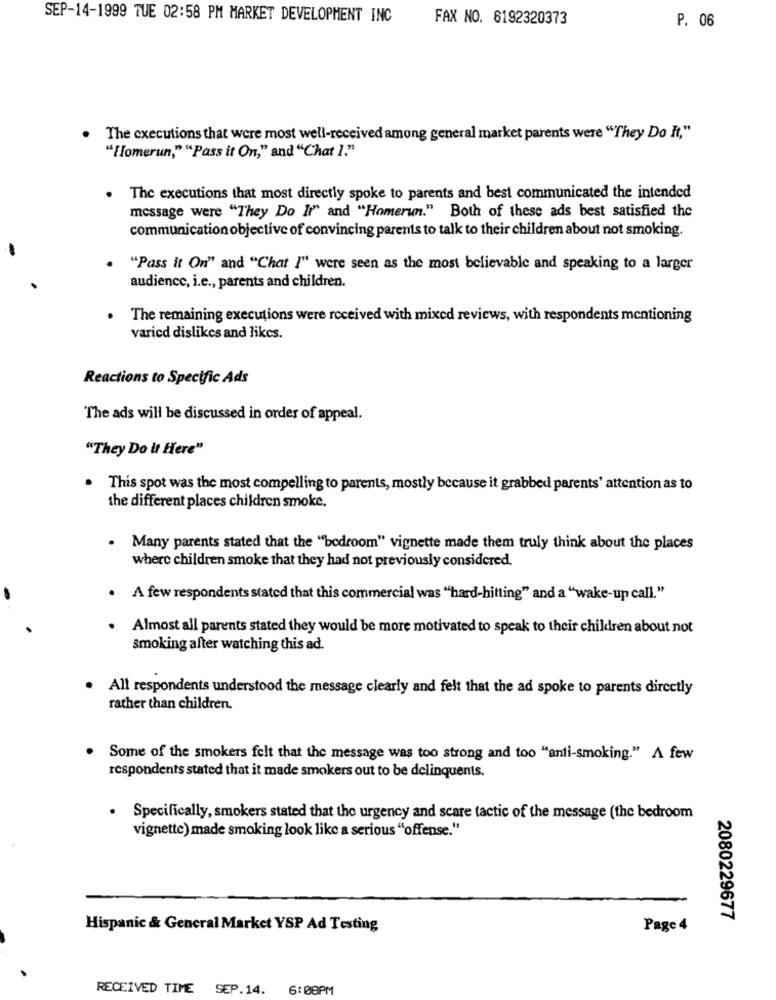
SEP-14-1999 TUE 02:58 PM MARKET DEVELOPMENT INC
FAX NO. 6192320373
P. 06
The executions that were most well-received among general market parents were "They Do It,"
"[lomerun," "Pass it On," and "Chat 1."
The executions that most directly spoke to parents and best communicated the intended
message were "They Do It" and "Homerun." Both of these ads best satisfied the
communication objective of convincing parents to talk to their children about not smoking.
"Pass it On" and "Chat I" were seen as the most believable and speaking to a larger
audience, i.e ., parents and children.
The remaining executions were received with mixed reviews, with respondents mentioning
varied dislikes and likes.
Reactions to Specific Ads
The ads will be discussed in order of appeal.
"They Do it Here"
This spot was the most compelling to parents, mostly because it grabbed parents' attention as to
the different places children smoke.
. Many parents stated that the "bedroom" vignette made them truly think about the places
where children smoke that they had not previously considered.
. A few respondents stated that this commercial was "hard-hitting" and a "wake-up call."
Almost all parents stated they would be more motivated to speak to their children about not
smoking after watching this ad.
All respondents understood the message clearly and felt that the ad spoke to parents directly
rather than children.
Some of the smokers felt that the message was too strong and too "anti-smoking." A few
respondents stated that it made smokers out to be delinquents.
. Specifically, smokers stated that the urgency and scare tactic of the message (the bedroom
vignette) made smoking look like a serious "offense."
2080229677
Hispanic & General Market YSP Ad Testing
Page 4
RECEIVED TIME SEP.14. 6:08PM